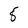
Character: 8